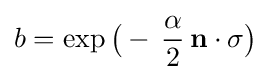
b=\exp {\big (}-\,{\frac {\alpha }{2}}\,\mathbf {\mathbf {n} } \cdot \mathbf {\sigma } {\big )}